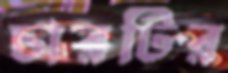
চারটির